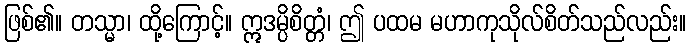
ဖြစ်၏။ တသ္မာ၊ ထို့ကြောင့်။ ဣဒမ္ပိစိတ္တံ၊ ဤ ပထမ မဟာကုသိုလ်စိတ်သည်လည်း။